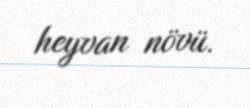
heyvan növü.